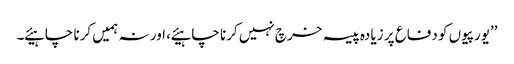
’’یورپیوں کو دفاع پر زیادہ پیسہ خرچ نہیں کرنا چاہیئے ، اور نہ ہمیں کرنا چاہیئے ۔